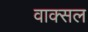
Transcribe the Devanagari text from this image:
वाक्‍सल